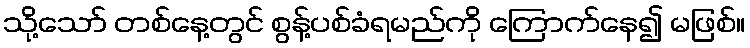
သို့သော် တစ်နေ့တွင် စွန့်ပစ်ခံရမည်ကို ကြောက်နေ၍ မဖြစ်။